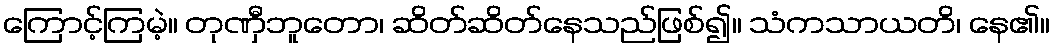
ကြောင့်ကြမဲ့။ တုဏှီဘူတော၊ ဆိတ်ဆိတ်နေသည်ဖြစ်၍။ သံကသာယတိ၊ နေ၏။